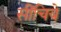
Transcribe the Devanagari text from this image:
सींचिये